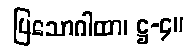
ပြသောဂါထာ၊ ဋ္ဌ-၄။